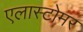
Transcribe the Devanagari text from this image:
एलास्टोमर